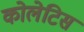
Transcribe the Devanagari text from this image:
कोलेटिस